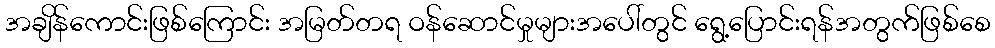
အချိန်ကောင်းဖြစ်ကြောင်း အမြတ်တရ ဝန်ဆောင်မှုများအပေါ်တွင် ရွေ့ပြောင်းရန်အတွက်ဖြစ်စေ